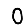
Digit: 0